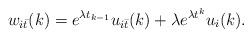
LaTeX: \begin{align*}w_{i\bar t}(k) = e^{\lambda t_{k-1}}u_{i\bar t}(k)+\lambda e^{\lambda t^k}u_i(k).\end{align*}